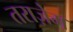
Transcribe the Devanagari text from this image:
तराज़ेम